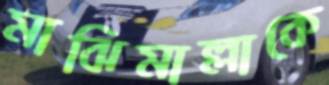
মাঝিমাল্লাকে